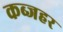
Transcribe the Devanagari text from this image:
कब्जहर